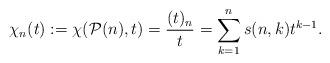
LaTeX: \begin{align*} \chi_n(t) := \chi( \mathcal{P}(n), t) = \frac{(t)_n}{t} = \sum \limits_{k=1}^n s(n,k) t^{k-1}. \end{align*}